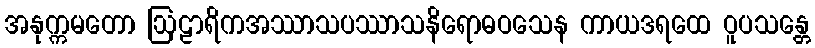
အနုက္ကမတော ဩဠာရိကအဿာသပဿာသနိရောဓဝသေန ကာယဒရထေ ဝူပသန္တေ